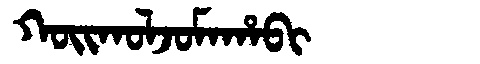
Manchu: ᡴᠣᡳᡴᠣᠯᠵᠣᠮᠠᡥᠠᠪᡳ
Romanization: KOIKOLJOMAHABI